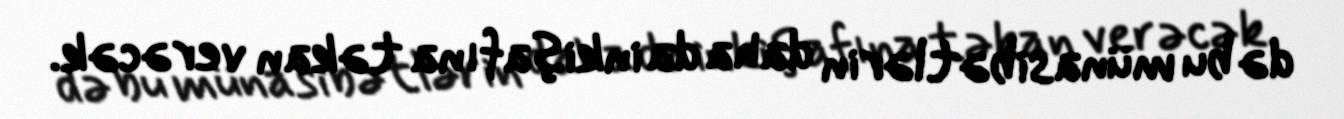
də bu münasibətlərin daha da inkişafına təkan verəcək.